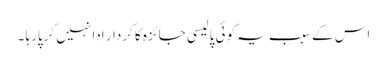
اس کے سبب یہ کوئی پالیسی جائزہ کا کردار ادا نہیں کرپارہا ۔